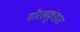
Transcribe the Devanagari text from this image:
गोरखकुंडात